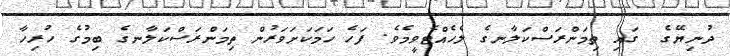
ދުނިޔޭގެ  ގައި ތިމަންރަސްކަލާނގެ ލެހެއްޓެވީމެވެ. ފަހެ ހަމަކަށަވަރުން ތިމަންރަސްކަލާނގެ ބިމުގެ ހުރިހާ